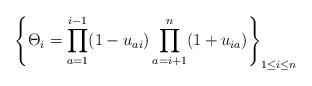
LaTeX: \begin{gather*}\left\{ \Theta_i = \prod_{a=1}^{i-1} (1-u_{ai}) \prod_{a=i+1}^{n} (1+u_{ia})\right\}_{1 \le i \le n}\end{gather*}